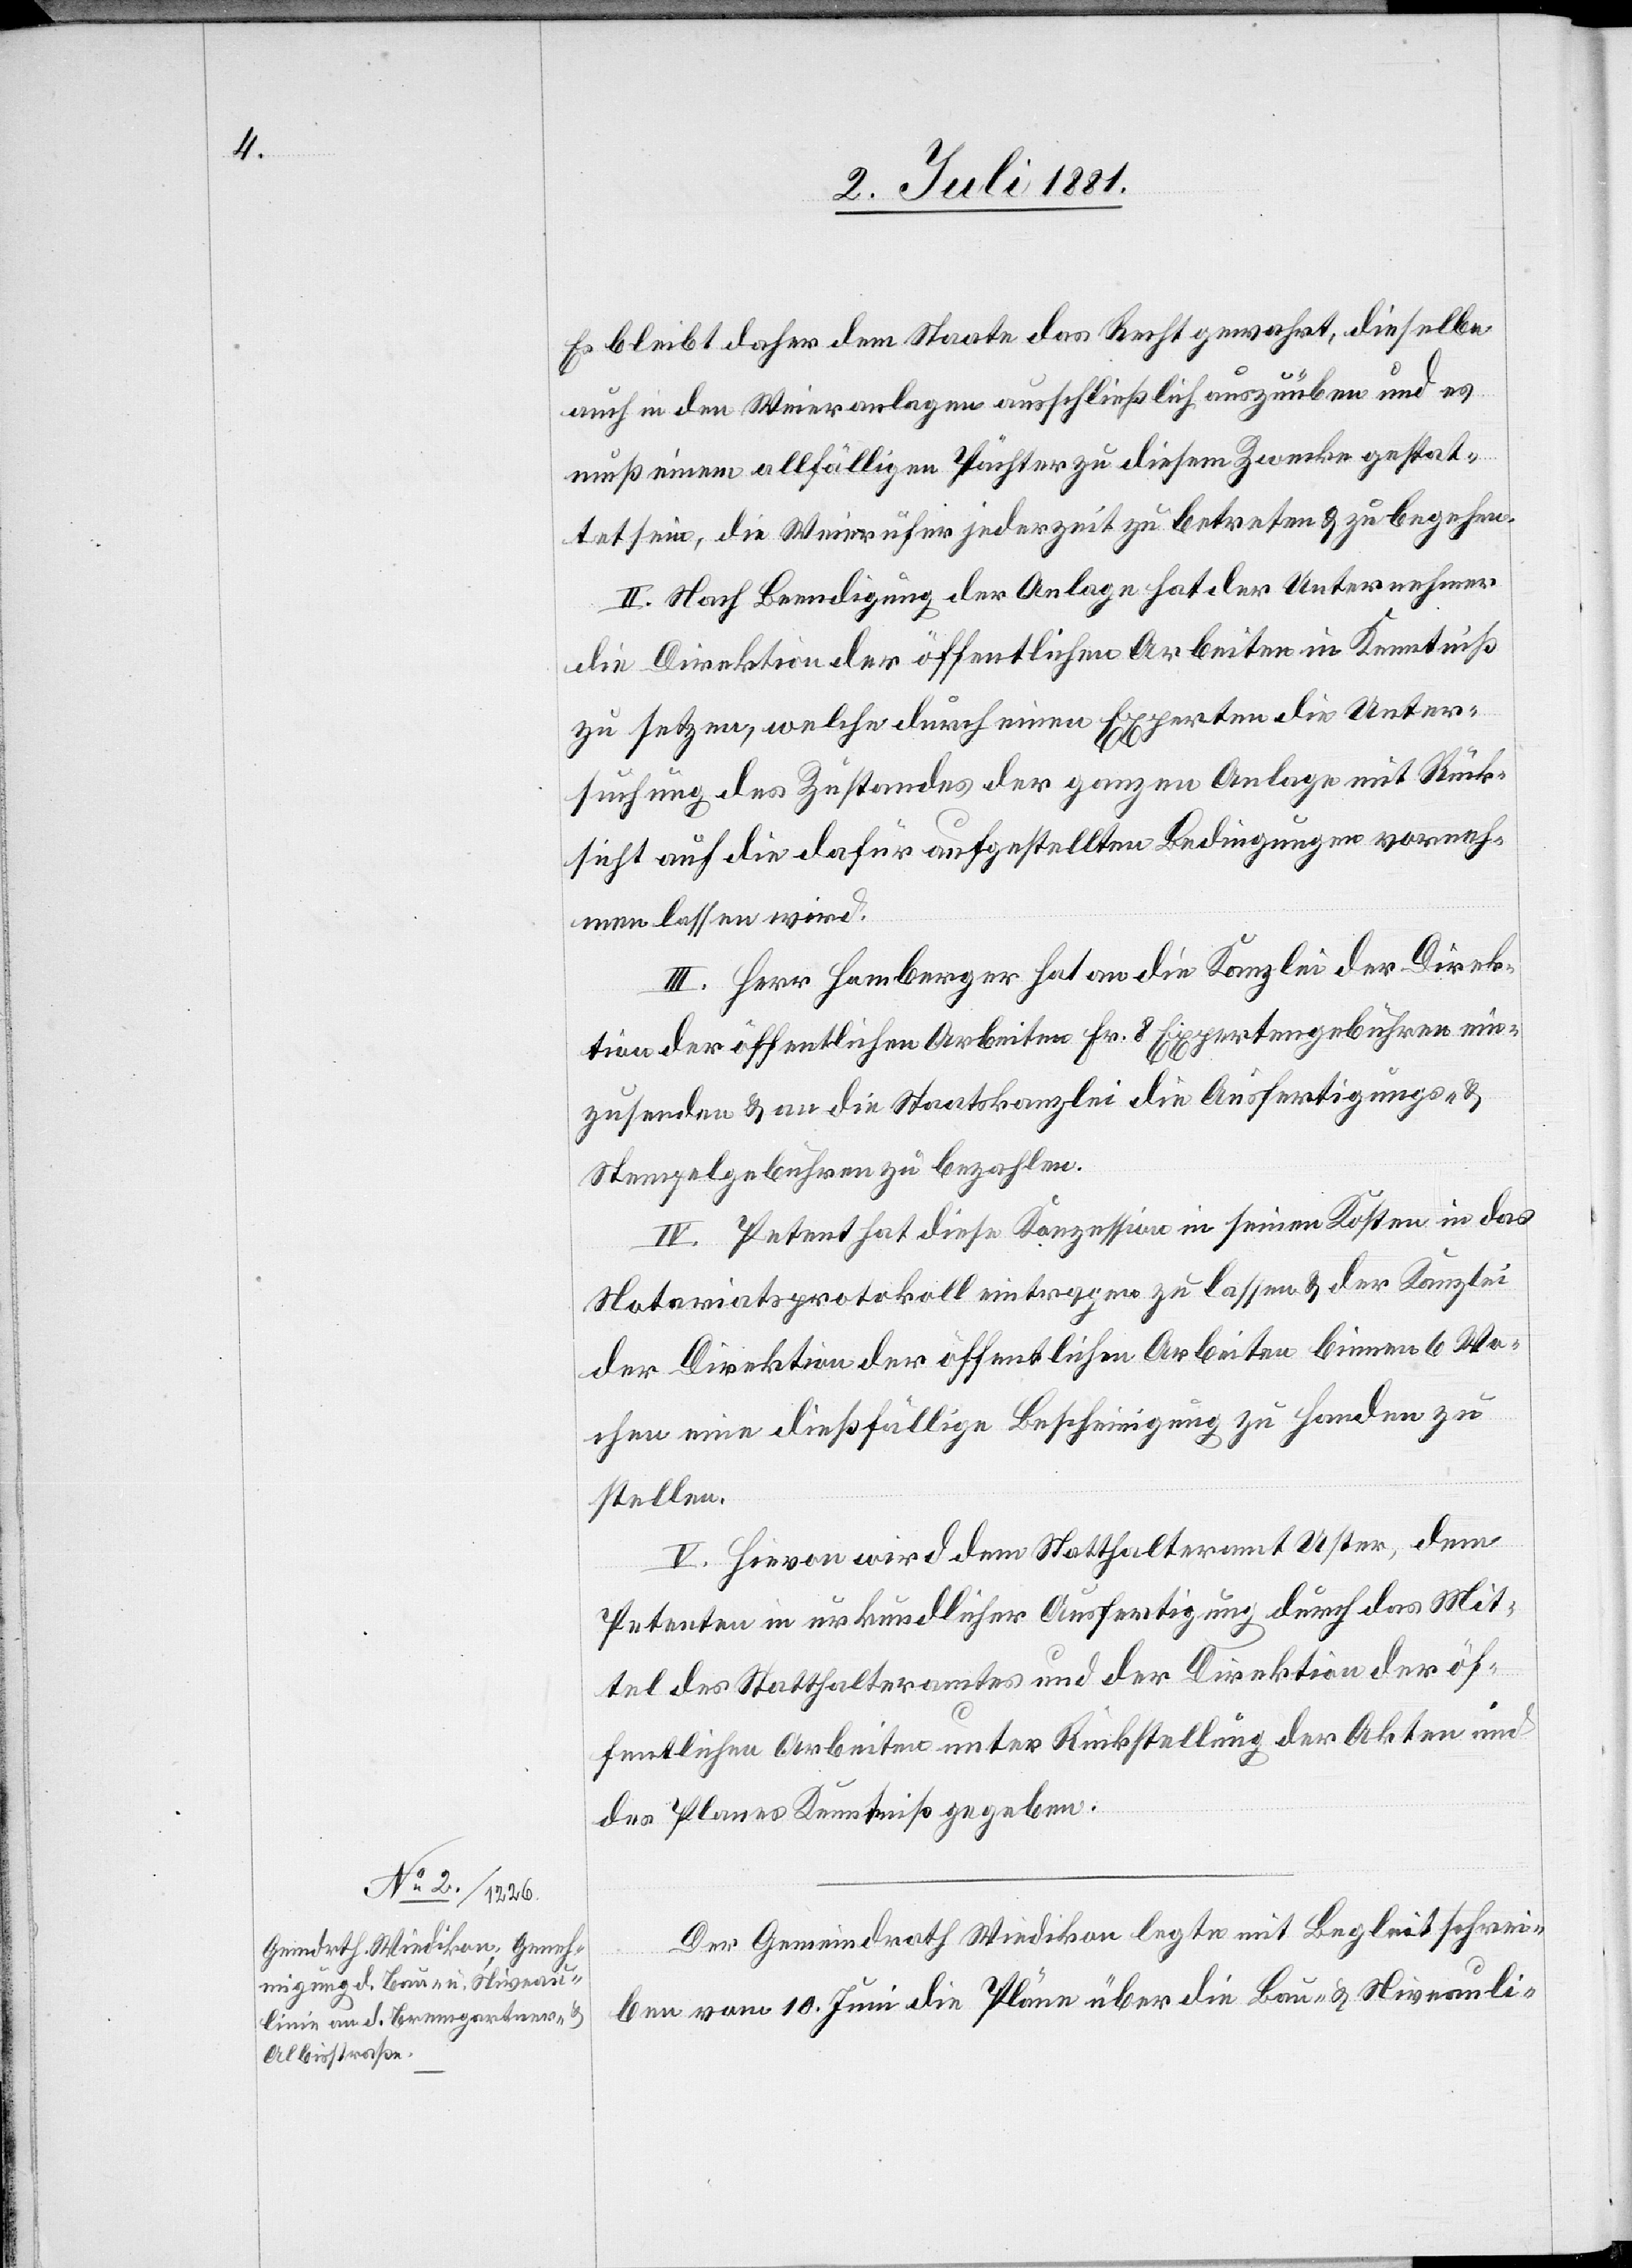
Es bleibt daher dem Staate das Recht gewahrt, dieselbe
auch in den Weieranlagen ausschließlich auszuüben und es
muß einem allfälligen Pächter zu diesem Zwecke gestat¬
tet sein, die Weierufer jederzeit zu betreten & zu begehen.
II. Nach Beendigung der Anlage hat der Unternehmer
die Direktion der öffentlichen Arbeiten in Kenntniß
zu setzen, welche durch einen Experten die Unter¬
suchung des Zustandes der ganzen Anlage mit Rück¬
sicht auf die dafür aufgestellten Bedingungen vorneh¬
men lassen wird.
III. Herr Homberger hat an die Kanzlei der Direk¬
tion der öffentlichen Arbeiten Fr. 8 Expertengebühren ein¬
zusenden & an die Staatskanzlei die Ausfertigungs- &
Stempelgebühren zu bezahlen.
IV. Petent hat diese Konzession in seinen Kosten in das
Notariatsprotokoll eintragen zu lassen & der Kanzlei
der Direktion der öffentlichen Arbeiten binnen 6 Wo¬
chen eine dießfällige Bescheinigung zu Handen zu
stellen.
V. Hievon wird dem Statthalteramt Uster, dem
Petenten in urkundlicher Ausfertigung durch das Mit¬
tel des Statthalteramtes und der Direktion der öf¬
fentlichen Arbeiten unter Rückstellung der Akten und
des Planes Kenntniß gegeben.
Der Gemeindrath Wiedikon legte mit Begleitschrei¬
ben vom 10. Juni die Pläne über die Bau- & Niveauli-